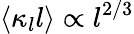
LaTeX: \langle\kappa_{l}l\rangle\propto l^{2/3}